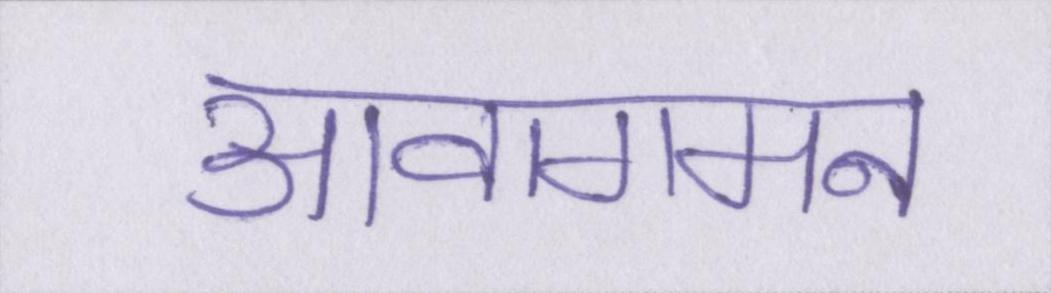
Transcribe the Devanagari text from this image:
आवागमन